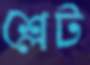
শ্লেট